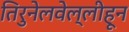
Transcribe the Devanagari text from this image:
तिरुनेलवेल्लीहून